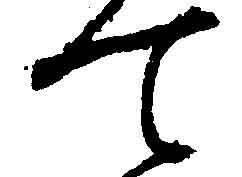
て